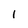
Character: l